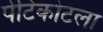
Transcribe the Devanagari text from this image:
पेटिकोटला